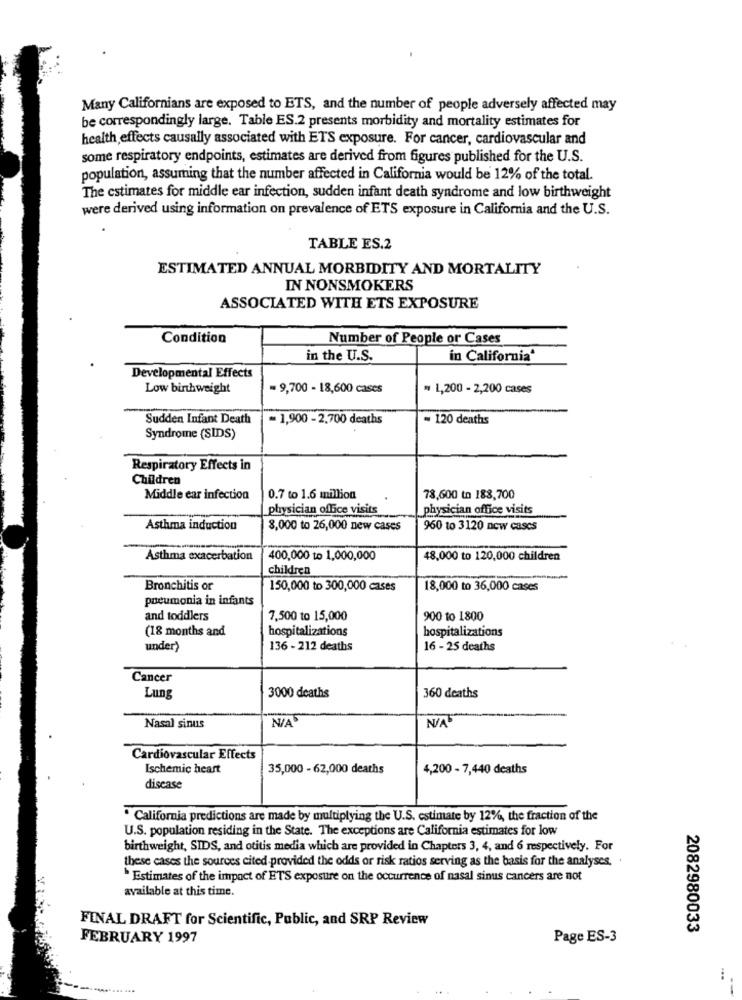
Many Californians are exposed to ETS, and the number of people adversely affected may
be correspondingly large. Table ES.2 presents morbidity and mortality estimates for
health effects causally associated with ETS exposure. For cancer, cardiovascular and
some respiratory endpoints, estimates are derived from figures published for the U.S.
population, assuming that the number affected in California would be 12% of the total.
The estimates for middle ear infection, sudden infant death syndrome and low birthweight
were derived using information on prevalence of ETS exposure in California and the U.S.
TABLE ES.2
ESTIMATED ANNUAL MORBIDITY AND MORTALITY
IN NONSMOKERS
ASSOCIATED WITH ETS EXPOSURE
Condition
Number of People or Cases
in the U.S.
in California"
Developmental Effects
Low birthweight
= 9,700 - 18,600 cases
= 1,200 - 2,200 cases
Sudden Infant Death
= 1,900 - 2,700 deaths
~ 120 deaths
Syndrome (SIDS)
Respiratory Effects in
Children
Middle ear infection
0.7 to 1.6 million
78,600 to 188,700
physician office visits
physician office visits
Asthma induction
8,000 to 26,000 new cases
960 to 3120 new cascs
Asthma exacerbation
400,000 to 1,000,000
48,000 to 120,000 children
children
Bronchitis or
150,000 to 300,000 cases
18,000 to 36,000 cases
pocumonia in infants
and toddlers
7,500 to 15,000
900 to 1800
(18 months and
hospitalizations
hospitalizations
under)
136 - 212 deaths
16 - 25 deaths
Cancer
Lung
3000 deaths
360 deaths
Nasal sinus
Cardiovascular Effects
Ischemic heart
35,000 - 62,000 deaths
4,200 - 7,440 deaths
disease
. California predictions are made by multiplying the U.S. estimate by 12%, the fraction of the
U.S. population residing in the State. The exceptions are California estimates for low
birthweight, SIDS, and otitis media which are provided in Chapters 3, 4, and 6 respectively. For
these cases the sources cited provided the odds or risk ratios serving as the basis for the analyses, .
"Estimates of the impact of ETS exposure on the occurrence of nasal sinus cancers are not
available at this time.
FINAL DRAFT for Scientific, Public, and SRP Review
2082980033
FEBRUARY 1997
Page ES-3
...
--